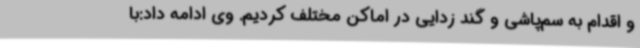
و اقدام به سم‌پاشی و گند زدایی در اماکن مختلف کردیم. وی ادامه داد:با